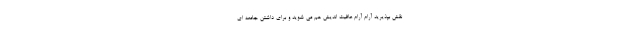
نقش بپذیرید آرام آرام عافیت اندیش هم می شوید و برای داشتن جامعه ای